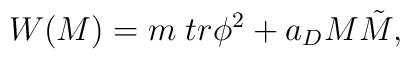
W(M)=m \; tr \phi^{2} + a_{D} M \tilde{M},